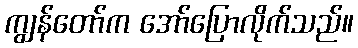
ကျွန်တော်က အော်ပြောလိုက်သည်။